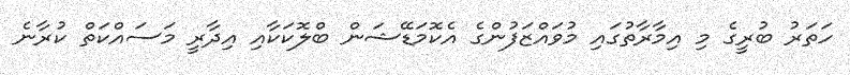
ހަަތަރު ބުރީގެ މި އިމާރާތުގައި މުވައްޒަފުންގެ އެކޮމަޑޭޝަން ބްލޮކަކާއި އިދާރީ މަސައްކަތް ކުރާނެ